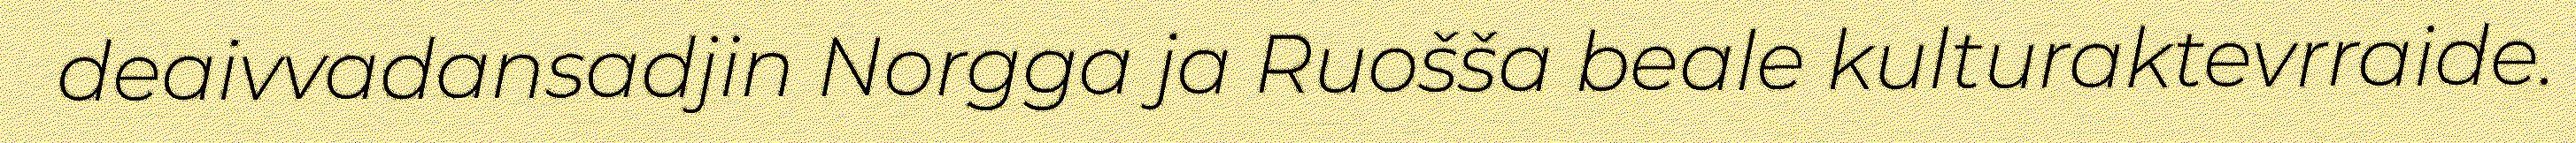
deaivvadansadjin Norgga ja Ruošša beale kulturaktevrraide.